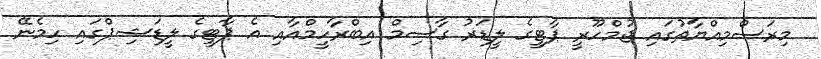
މިރަސްމިއްޔާތުގައި ޖުމްހޫރީ ޕާޓީގެ ލީޑަރު ގާސިމް އިބްރާހީމްއާއި އެ ޕާޓީގެ ލީޑަޝިޕްގައި ހިމެނޭ